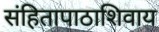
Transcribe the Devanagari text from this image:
संहितापाठाशिवाय